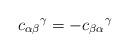
LaTeX: \begin{align*}{c_{\alpha\beta}}^\gamma = - {c_{\beta\alpha}}^\gamma\end{align*}